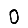
Digit: 0